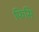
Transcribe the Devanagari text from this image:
फिसि